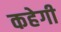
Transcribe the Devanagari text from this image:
कहेगी